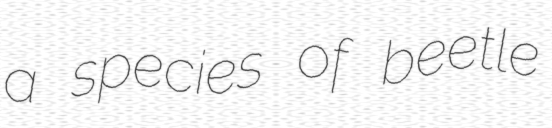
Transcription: a species of beetle